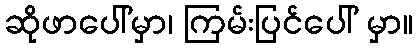
ဆိုဖာပေါ်မှာ၊ ကြမ်းပြင်ပေါ် မှာ။